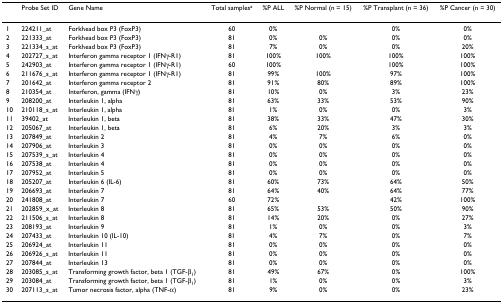
<table><thead><tr><td></td><td><b>Probe Set ID</b></td><td><b>Gene Name</b></td><td><b>Total samples<sup>a</sup></b></td><td><b>%P ALL</b></td><td><b>%P Normal (n = 15)</b></td><td><b>%P Transplant (n = 36)</b></td><td><b>%P Cancer (n = 30)</b></td></tr></thead><tbody><tr><td>1</td><td>224211_at</td><td>Forkhead box P3 (FoxP3)</td><td>60</td><td>0%</td><td></td><td>0%</td><td>0%</td></tr><tr><td>2</td><td>221333_at</td><td>Forkhead box P3 (FoxP3)</td><td>81</td><td>0%</td><td>0%</td><td>0%</td><td>0%</td></tr><tr><td>3</td><td>221334_s_at</td><td>Forkhead box P3 (FoxP3)</td><td>81</td><td>7%</td><td>0%</td><td>0%</td><td>20%</td></tr><tr><td>4</td><td>202727_s_at</td><td>Interferon gamma receptor 1 (IFNγ-R1)</td><td>81</td><td>100%</td><td>100%</td><td>100%</td><td>100%</td></tr><tr><td>5</td><td>242903_at</td><td>Interferon gamma receptor 1 (IFNγ-R1)</td><td>60</td><td>100%</td><td></td><td>100%</td><td>100%</td></tr><tr><td>6</td><td>211676_s_at</td><td>Interferon gamma receptor 1 (IFNγ-R1)</td><td>81</td><td>99%</td><td>100%</td><td>97%</td><td>100%</td></tr><tr><td>7</td><td>201642_at</td><td>Interferon gamma receptor 2</td><td>81</td><td>91%</td><td>80%</td><td>89%</td><td>100%</td></tr><tr><td>8</td><td>210354_at</td><td>Interferon, gamma (IFNγ)</td><td>81</td><td>10%</td><td>0%</td><td>3%</td><td>23%</td></tr><tr><td>9</td><td>208200_at</td><td>Interleukin 1, alpha</td><td>81</td><td>63%</td><td>33%</td><td>53%</td><td>90%</td></tr><tr><td>10</td><td>210118_s_at</td><td>Interleukin 1, alpha</td><td>81</td><td>1%</td><td>0%</td><td>0%</td><td>3%</td></tr><tr><td>11</td><td>39402_at</td><td>Interleukin 1, beta</td><td>81</td><td>38%</td><td>33%</td><td>47%</td><td>30%</td></tr><tr><td>12</td><td>205067_at</td><td>Interleukin 1, beta</td><td>81</td><td>6%</td><td>20%</td><td>3%</td><td>3%</td></tr><tr><td>13</td><td>207849_at</td><td>Interleukin 2</td><td>81</td><td>4%</td><td>7%</td><td>6%</td><td>0%</td></tr><tr><td>14</td><td>207906_at</td><td>Interleukin 3</td><td>81</td><td>0%</td><td>0%</td><td>0%</td><td>0%</td></tr><tr><td>15</td><td>207539_s_at</td><td>Interleukin 4</td><td>81</td><td>0%</td><td>0%</td><td>0%</td><td>0%</td></tr><tr><td>16</td><td>207538_at</td><td>Interleukin 4</td><td>81</td><td>0%</td><td>0%</td><td>0%</td><td>0%</td></tr><tr><td>17</td><td>207952_at</td><td>Interleukin 5</td><td>81</td><td>0%</td><td>0%</td><td>0%</td><td>0%</td></tr><tr><td>18</td><td>205207_at</td><td>Interleukin 6 (IL-6)</td><td>81</td><td>60%</td><td>73%</td><td>64%</td><td>50%</td></tr><tr><td>19</td><td>206693_at</td><td>Interleukin 7</td><td>81</td><td>64%</td><td>40%</td><td>64%</td><td>77%</td></tr><tr><td>20</td><td>241808_at</td><td>Interleukin 7</td><td>60</td><td>72%</td><td></td><td>42%</td><td>100%</td></tr><tr><td>21</td><td>202859_x_at</td><td>Interleukin 8</td><td>81</td><td>65%</td><td>53%</td><td>50%</td><td>90%</td></tr><tr><td>22</td><td>211506_s_at</td><td>Interleukin 8</td><td>81</td><td>14%</td><td>20%</td><td>0%</td><td>27%</td></tr><tr><td>23</td><td>208193_at</td><td>Interleukin 9</td><td>81</td><td>1%</td><td>0%</td><td>0%</td><td>3%</td></tr><tr><td>24</td><td>207433_at</td><td>Interleukin 10 (IL-10)</td><td>81</td><td>4%</td><td>7%</td><td>0%</td><td>7%</td></tr><tr><td>25</td><td>206924_at</td><td>Interleukin 11</td><td>81</td><td>0%</td><td>0%</td><td>0%</td><td>0%</td></tr><tr><td>26</td><td>206926_s_at</td><td>Interleukin 11</td><td>81</td><td>0%</td><td>0%</td><td>0%</td><td>0%</td></tr><tr><td>27</td><td>207844_at</td><td>Interleukin 13</td><td>81</td><td>0%</td><td>0%</td><td>0%</td><td>0%</td></tr><tr><td>28</td><td>203085_s_at</td><td>Transforming growth factor, beta 1 (TGF-β<sub>1</sub>)</td><td>81</td><td>49%</td><td>67%</td><td>0%</td><td>100%</td></tr><tr><td>29</td><td>203084_at</td><td>Transforming growth factor, beta 1 (TGF-β<sub>1</sub>)</td><td>81</td><td>1%</td><td>0%</td><td>0%</td><td>3%</td></tr><tr><td>30</td><td>207113_s_at</td><td>Tumor necrosis factor, alpha (TNF-α)</td><td>81</td><td>9%</td><td>0%</td><td>0%</td><td>23%</td></tr></tbody></table>